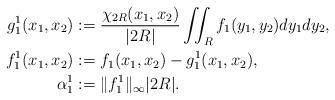
LaTeX: \begin{align*}g_1^1(x_1,x_2)&:=\frac{\chi_{2R}(x_1,x_2)}{|2R|}\iint_{R}f_1(y_1,y_2)dy_1dy_2,\\f_1^1(x_1,x_2)&:= f_1(x_1,x_2)- g_1^1(x_1,x_2),\\\alpha_1^1&:=\|f_1^1\|_\infty |2R|.\end{align*}